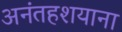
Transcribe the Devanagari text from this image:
अनंतहशयाना